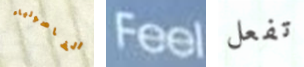
الفاصولياء Feel تفعل